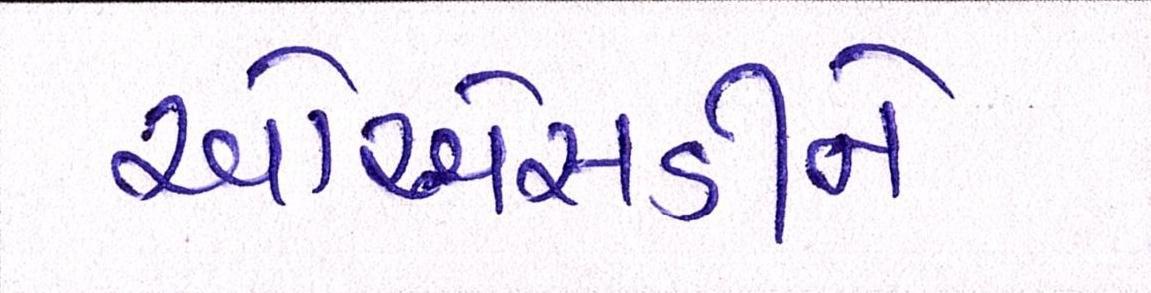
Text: ઓએસડીને